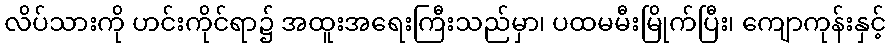
လိပ်သားကို ဟင်းကိုင်ရာ၌ အထူးအရေးကြီးသည်မှာ၊ ပထမမီးမြိုက်ပြီး၊ ကျောကုန်းနှင့်